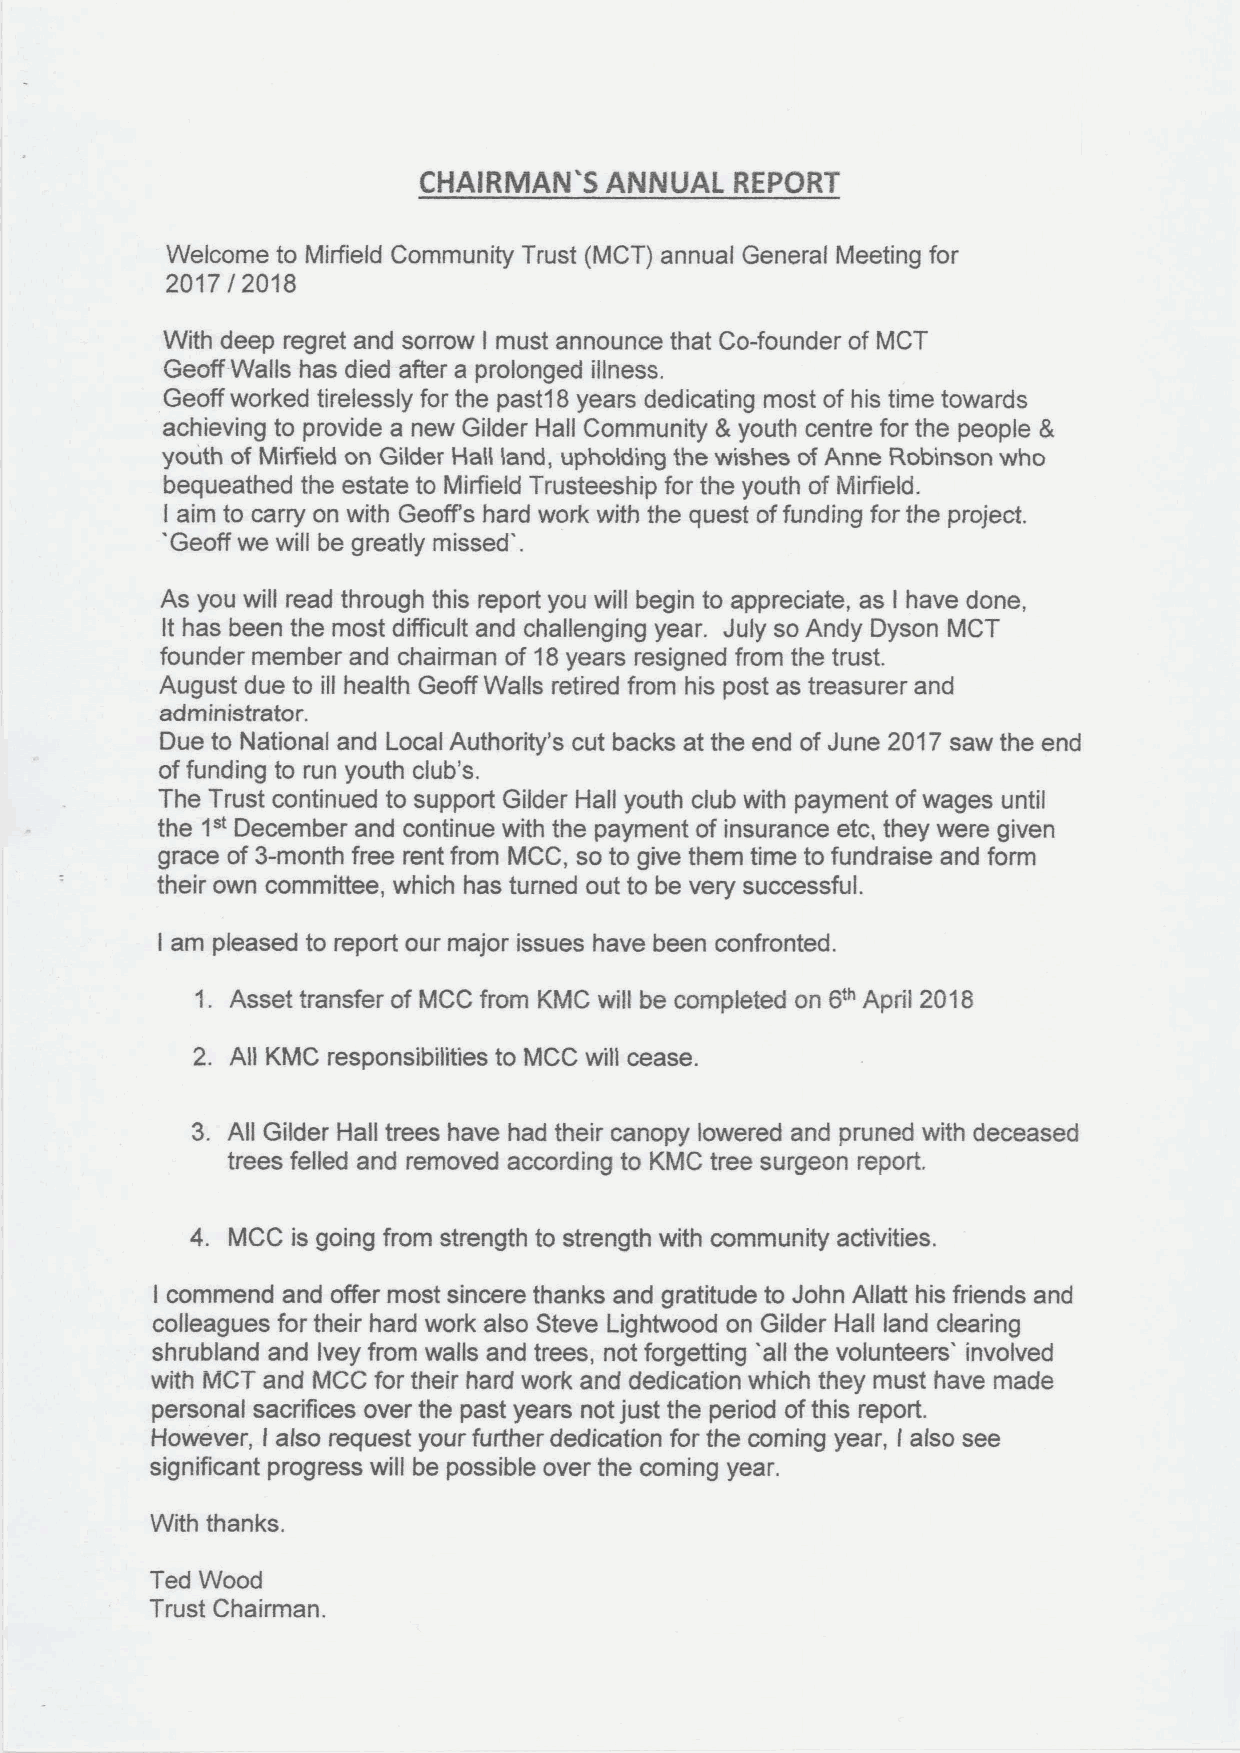
CHAlRMAN'S  ANNUAL   REPORT
 Welcome to Mirfield Community Trust (MCT) annual General Meeting for
 2017 2018
 /
 With deep regret and sorrow must announce that Co-founder of MCT
 I
 Geoff-Walls has died after a prolonged illness.
 Geoff worked tirelessly for the past1 8 years dedicating most of his time towards
 achieving to provide a new Gilder Hall Community 8 youth centre for the people 8
 youth of MiNeid on Gilder HaN land, upholding the wishes of Anne Robinson who
 bequeathed the estate to Mirfield Trusteeship for the youth of Mirfield.
 I aim to carry on with Geoff's hard work with the quest offunding for the project.
 Geoff we will be greatly missed .
 As you will read through this report you will begin to appreciate, as I have done,
 It has been the most difficult and challenging year. July so Andy Dyson MCT
 founder member and chairman of 18years resigned from the trust.
 August due to ill health Geoff Walls retired from his post as treasurer and
 administrator.
 Due to National and Local Authority's cut backs at the end of June 2017saw the end
 offunding to run youth club's.
 The Trust continued to support Gilder Hall youth club with payment ofwages until
 1"
 the  December and continue with the payment of insurance etc, they were given
 grace of3-month free rent from MCC, so to give them time to fundraise and form
 their own committee, which has tumed out to be very successful.
 am pleased to report our major issues have been confronted.
 I
 1. Asset transfer of MCC from KMC will be completed on 6~ April 2018
 2. All KMC responsibilities to MCC will cease.
 3. All Gilder Hall trees have had their canopy lowered and pruned with deceased
 trees felled and removed according to KMC tree surgeon report.
 4. MCC is going from strength to strength with community activities.
 I commend and offer most sincere thanks and gratitude to John Allatt his friends and
 colleagues for their hard work also Steve Lightwood on Gilder Hall land clearing
 shrubland and Ivey from walls and trees, not forgetting all the volunteers' involved
 with MCT and MCC for their hard work and dedication which they must have made
 personal sacrifices over the past years not just the period ofthis report.
 However, I also request your further dedication for the coming year, I also see
 significant progress will be possible over the coming year.
 With thanks.
 Ted Wood
 Trust Chairman.